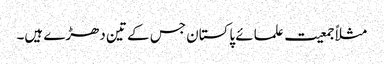
مثلاً جمعیت علمائے پاکستان جس کے تین دھڑے ہیں۔